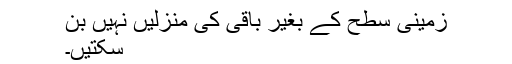
زمینی سطح کے بغیر باقی کی منزلیں نہیں بن
سکتیں۔